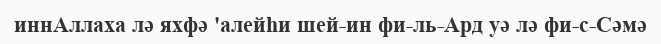
иннАллаха лә яхфә 'алейһи шей-ин фи-ль-Ард уә лә фи-с-Сәмә